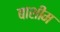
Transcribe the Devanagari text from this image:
बाशीम